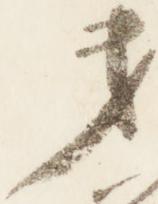
第